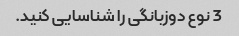
3 نوع دوزبانگی را شناسایی کنید.